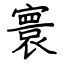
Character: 寰